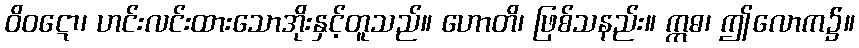
ဝိဝဋော၊ ဟင်းလင်းထားသောအိုးနှင့်တူသည်။ ဟောတိ၊ ဖြစ်သနည်း။ ဣဓ၊ ဤလောက၌။